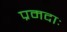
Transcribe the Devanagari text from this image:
प्रमदाः